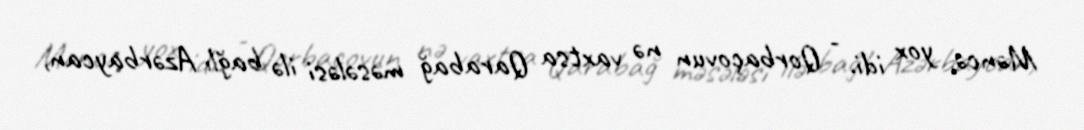
Məncə, yox idi. - Qorbaçovun nə vaxtsa Qarabağ məsələsi ilə bağlı Azərbaycan,